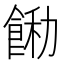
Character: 𩛵